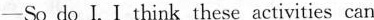
—So do I. I think these activities can